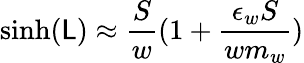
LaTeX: \sinh(\mathsf{L})\approx\frac{{S}}{{w}}(1+\frac{{\epsilon_{w}S}}{{wm_{w}}})